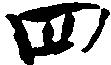
四